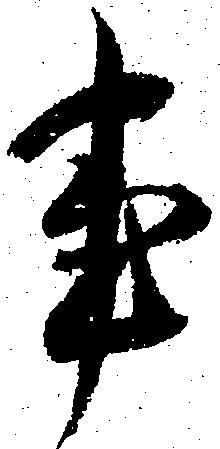
事